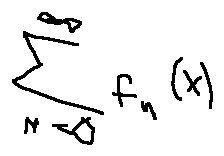
\sum \limits _ { n = 0 } ^ { \infty } f _ { n } ( x )